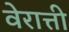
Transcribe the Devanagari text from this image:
वेरात्ती